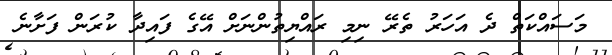
މަސައްކަތް ދެ އަހަރު ތެރޭ ނިމި ރައްޔިތުންނަށް އޭގެ ފައިދާ ކުރަން ފަށާނެ